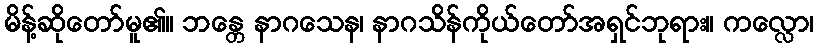
မိန့်ဆိုတော်မူ၏။ ဘန္တေ နာဂသေန၊ နာဂသိန်ကိုယ်တော်အရှင်ဘုရား။ ကလ္လော၊